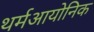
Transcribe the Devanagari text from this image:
थर्मआयोनिक